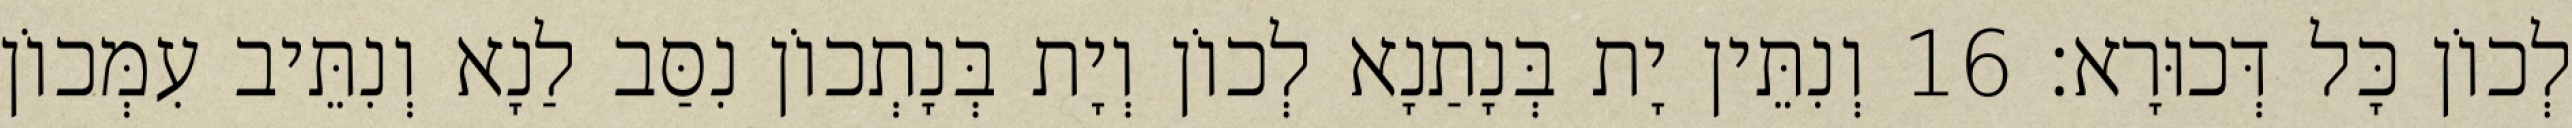
לְכוֹן כָּל דְּכוּרָא׃ 16 וְנִתֵּין יָת בְּנָתַנָא לְכוֹן וְיָת בְּנָתְכוֹן נִסַּב לַנָא וְנִתֵּיב עִמְּכוֹן